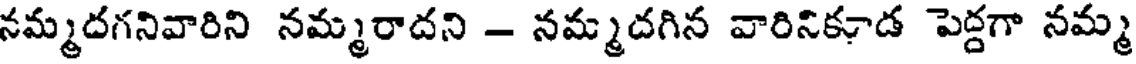
నమ్మదగనివారిని నమ్మరాదని - నమ్మదగిన వారినికూడ పెద్దగా నమ్మ